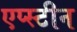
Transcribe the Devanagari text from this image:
एप्स्टीन